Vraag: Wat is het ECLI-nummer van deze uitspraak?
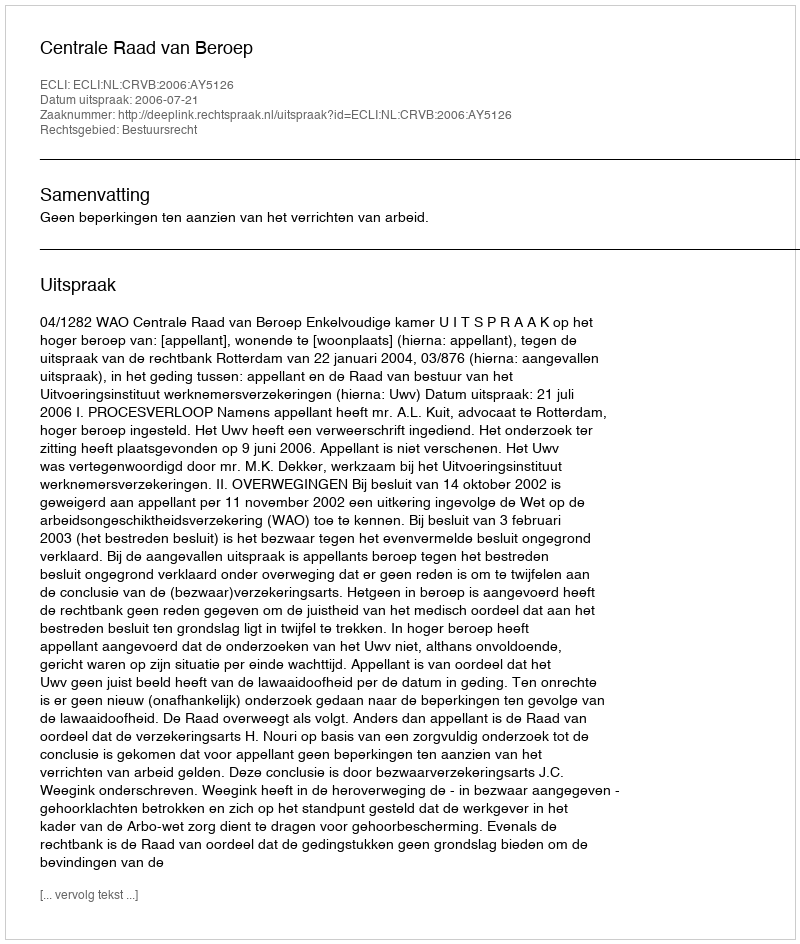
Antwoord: ECLI:NL:CRVB:2006:AY5126